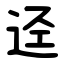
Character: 迳